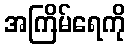
အကြိမ်ရေကို